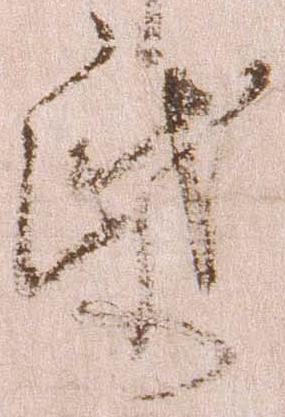
紙